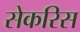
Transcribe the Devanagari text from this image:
सेकरिस